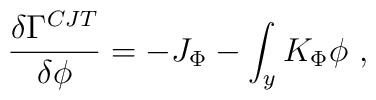
{\delta \Gamma^{CJT} \over \delta \phi} = - J_\Phi - \int_y K_\Phi \phi ~,